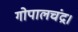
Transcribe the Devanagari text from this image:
गोपालचंद्र।